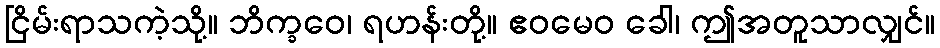
ငြိမ်းရာသကဲ့သို့။ ဘိက္ခဝေ၊ ရဟန်းတို့။ ဧဝမေဝ ခေါ၊ ဤအတူသာလျှင်။